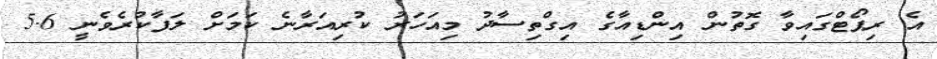
އެ ރިޕޯޓްގައިވާ ގޮތުން އިންޑިއާގެ އިގްތިސާދު މިއަހަރު ކުރިއަރާނެ ކަމަށް ލަފާކުރެވެނީ 5.6